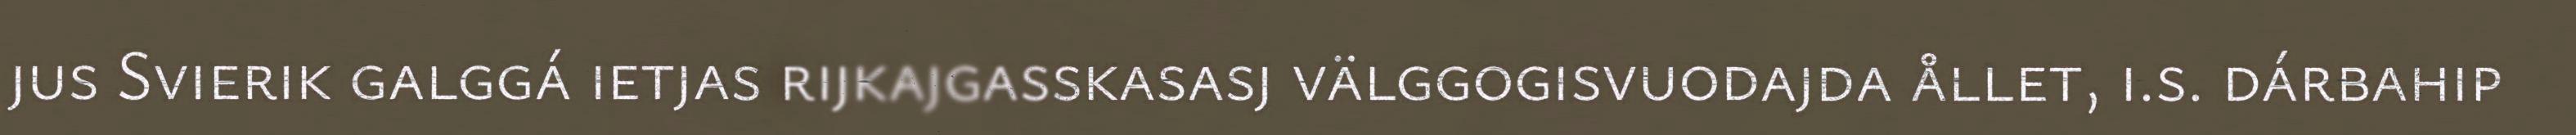
jus Svierik galggá ietjas rijkajgasskasasj välggogisvuodajda ållet, i.s. dárbahip